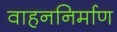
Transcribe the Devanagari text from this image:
वाहननिर्माण